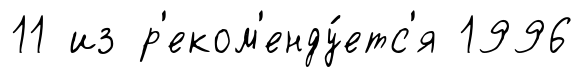
11 из р'еком'енду́етс'я 1996